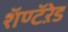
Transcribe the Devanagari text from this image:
शॅण्टॅऱेड